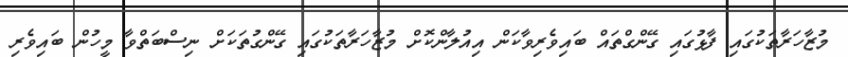
މުޒާހަރާތަކުގައި ފާޅުގައި ގޭންގްތައް ބައިވެރިވާކަން އިއުލާންކޮށް މުޒާހަރާތަކުގައި ގޭންގުތަކަށް ނިސްބަތްވާ މީހުން ބައިވެރި